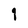
Character: q